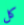
كل